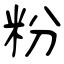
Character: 粉